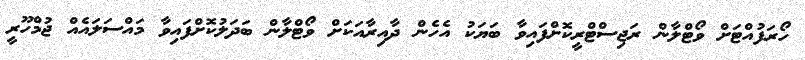
ހޯރަފުއްޓަށް ވޯޓްލާން ރަޖިސްޓްރީކޮށްފައިވާ ބަޔަކު އެހެން ދާއިރާއަކަށް ވޯޓްލާން ބަދަލުކޮށްފައިވާ މައްސަލައެއް ޖުމްހޫރީ